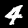
Digit: 4